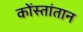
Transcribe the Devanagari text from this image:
कोंस्तांतान